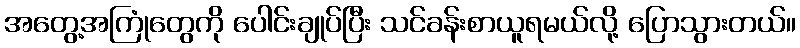
အတွေ့အကြုံတွေကို ပေါင်းချုပ်ပြီး သင်ခန်းစာယူရမယ်လို့ ပြောသွားတယ်။